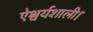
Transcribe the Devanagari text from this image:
ऐश्वर्यशाली।